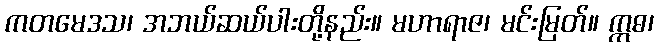
ကတမေဒသ၊ အဘယ်ဆယ်ပါးတို့နည်း။ မဟာရာဇ၊ မင်းမြတ်။ ဣဓ၊